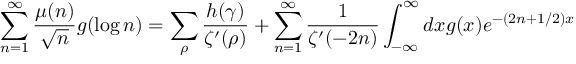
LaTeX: \sum _ { n = 1 } ^ { \infty } { \frac { \mu ( n ) } { \sqrt { n } } } g ( \log n ) = \sum _ { \rho } { \frac { h ( \gamma ) } { \zeta ^ { \prime } ( \rho ) } } + \sum _ { n = 1 } ^ { \infty } { \frac { 1 } { \zeta ^ { \prime } ( - 2 n ) } } \int _ { - \infty } ^ { \infty } d x g ( x ) e ^ { - ( 2 n + 1 / 2 ) x }